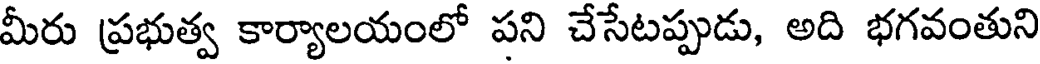
మీరు ప్రభుత్వ కార్యాలయంలో పని చేసేటప్పుడు, అది భగవంతుని